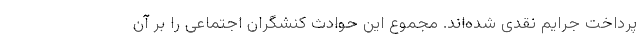
پرداخت جرایم نقدی شده‌اند. مجموع این حوادث کنشگران اجتماعی را بر آن